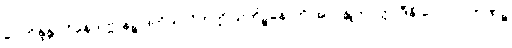
ဝေါဘိန္ဒန္တာ ဝိနေတဗ္ဗာနဉ္စ ဒုတိယာဝိဘတ္တိ သကိဉ္စနောတိ အာဂန္တုကဝတ္တာဒီနိ လောပဂ္ဂဟဏဉ္စ